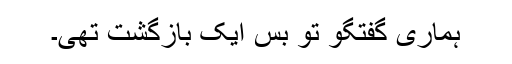
ہماری گفتگو تو بس ایک بازگشت تھی۔